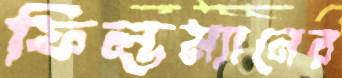
ফিল্ডম্যানের